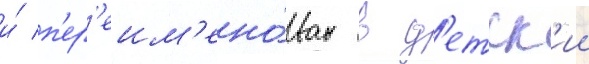
и́ п'ер'еим'ено́ван в д'етск'ии